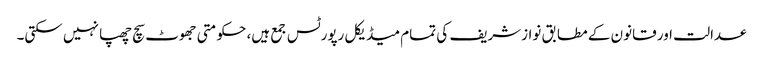
عدالت اور قانون کے مطابق نوازشریف کی تمام میڈیکل رپورٹس جمع ہیں، حکومتی جھوٹ سچ چھپا نہیں سکتی۔